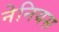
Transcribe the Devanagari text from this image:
नेनियस